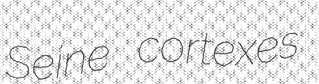
Seine cortexes